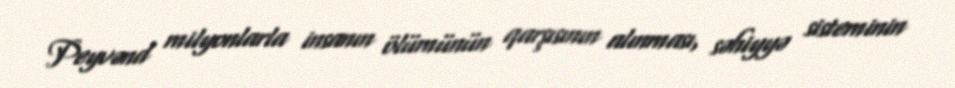
Peyvənd milyonlarla insanın ölümünün qarşısının alınması, səhiyyə sisteminin